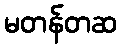
မတန်တဆ